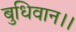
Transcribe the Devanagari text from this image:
बुधिवान।।